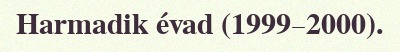
Harmadik évad (1999–2000).